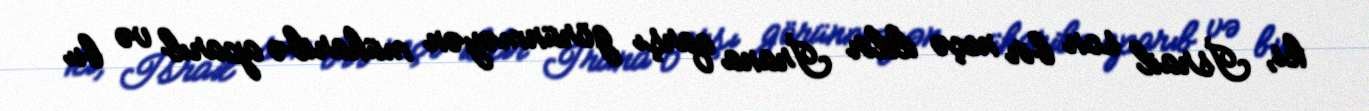
ki, İsrail son bir neçə ildir İrana qarşı görünməyən müharibə aparıb və bu